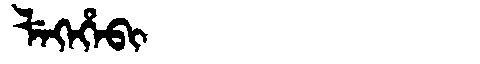
Manchu: ᠯᡝᡴᡝᡥᡝᠪᡳ
Romanization: LEKEHEBI